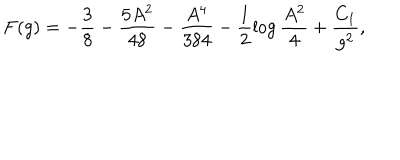
F ( g ) = - \frac { 3 } { 8 } - \frac { 5 A ^ { 2 } } { 4 8 } - \frac { A ^ { 4 } } { 3 8 4 } - \frac { 1 } { 2 } \log \frac { A ^ { 2 } } { 4 } + \frac { C _ { 1 } } { g ^ { 2 } } ,